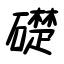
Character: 礎